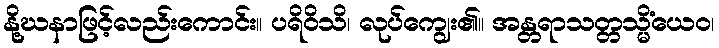
နို့ဃနာဖြင့်လည်းကောင်း။ ပရိဝိသိ၊ လုပ်ကျွေး၏။ အန္တရာသတ္တသ္မိံယေဝ၊